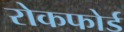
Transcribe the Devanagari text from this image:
रोकफोर्ड